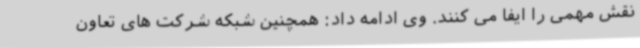
نقش مهمی را ایفا می کنند. وی ادامه داد: همچنین شبکه شرکت های تعاون